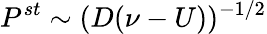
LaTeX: P^{st}\sim(D(\nu-U))^{-1/2}